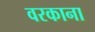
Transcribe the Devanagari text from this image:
वरकाना